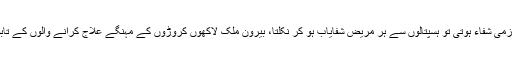
دواء میں لازمی شفاء ہوتی تو ہسپتالوں سے ہر مریض شفایاب ہو کر نکلتا، بیرون ملک لاکھوں کروڑوں کے مہنگے علاج کرانے والوں کے تابوت نہ آتے۔